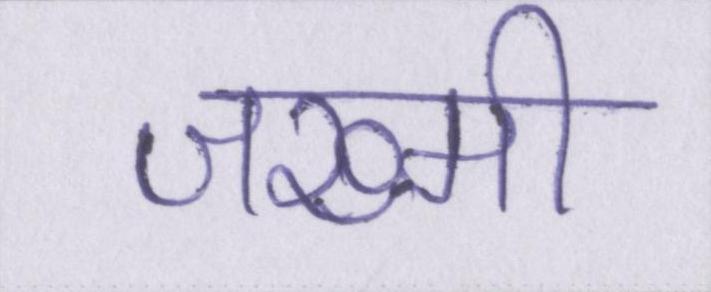
जख्मी